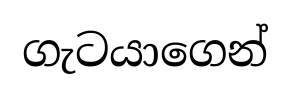
ගැටයාගෙන්